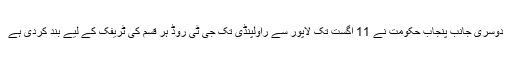
دوسری جانب پنجاب حکومت نے 11 اگست تک لاپور سے راولپنڈی تک جی ٹی روڈ ہر قسم کی ٹریفک کے لیے بند کردی ہے